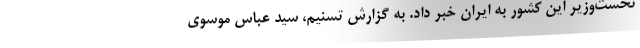
نخست‌وزیر این کشور به ایران خبر داد. به گزارش تسنیم، سید عباس موسوى